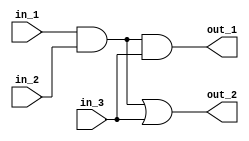
// header

module intermed_wire
    (
        // inputs
        in_1,
        in_2,
        in_3,
        // outputs
        out_1,
        out_2
    );

// Port Definitions

    input in_1;
    input in_2;
    input in_3;
    
    output out_1;
    output out_2;
    
    wire intermediate_sig;
    
// Design implementation

    assign intermediate_sig = in_1 & in_2;
    
    assign out_1 = intermediate_sig & in_3;
    assign out_2 = intermediate_sig | in_3;
    
endmodule